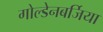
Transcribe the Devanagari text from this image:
गोल्डेनबर्जिया